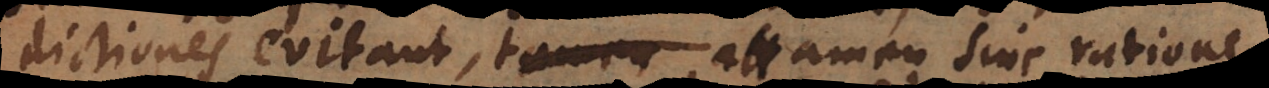
dictiones evitant, attamen sine ratione,